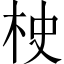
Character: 𣐳